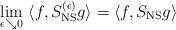
LaTeX: \begin{align*}\lim_{\epsilon\searrow 0} \,\,\langle f, S_{\rm NS}^{(\epsilon)} g \rangle =\langle f, S_{\rm NS} g \rangle\end{align*}